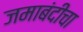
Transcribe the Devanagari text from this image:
जमाबंदीचा